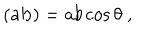
( { \bf a b } ) = a b \cos { \theta } ~ ,